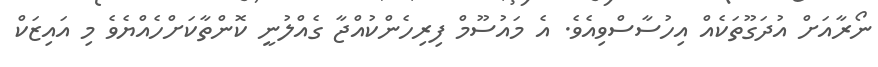
ނޯރާއަށް އުދަގޫތަކެއް އިހުސާސްވިއެވެ. އެ މައުސޫމް ފިރިހެންކުއްޖާ ގެއްލުނީ ކޮންތާކަށްހެއްޔެވެ މި އައިޒަކް